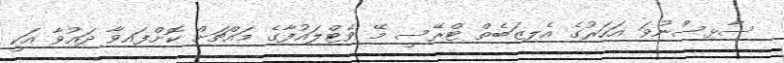
ސާޅިސްނުވަ އަހަރުގެ އެލިޒަބެތް ޓްރޭސީ މޭ ވެޓްލައުފާގެ މައްޗަށް ކޮށްފައިވާ ދައުވާ އަކީ